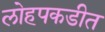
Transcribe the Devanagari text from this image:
लोहपकडीत